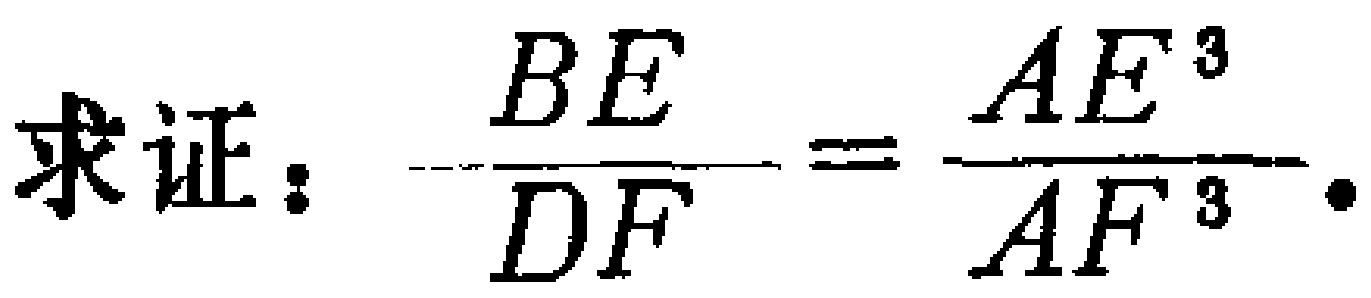
求证：$\dfrac{BE}{DF}=\dfrac{AE^{3}}{AF^{3}}$.